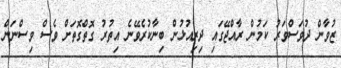
ޒުވާން ދުވަސްވަރު ކަމުން ރާއްޖޭގައި ދިރިއުޅުން ބިނާކުރެވޭނެ އިތުރު ގޮތްގޮތަށް ވެސް ވިސްނަން